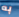
به